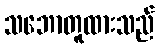
သဘောတူထားသည်